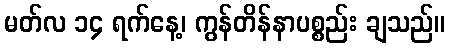
မတ်လ ၁၄ ရက်နေ့၊ ကွန်တိန်နာပစ္စည်း ချသည်။